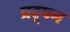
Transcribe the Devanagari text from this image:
प्रदूषन